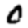
Digit: 0